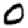
Digit: 0